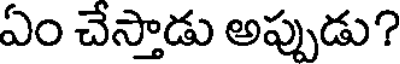
ఏం చేస్తాడు అప్పుడు?